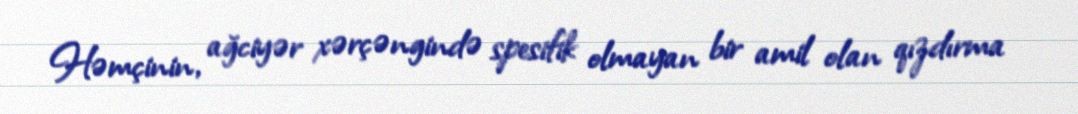
Həmçinin, ağciyər xərçəngində spesifik olmayan bir amil olan qızdırma